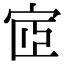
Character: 宧